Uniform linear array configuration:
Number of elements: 64
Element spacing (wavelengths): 1
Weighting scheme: kaiser
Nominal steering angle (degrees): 30
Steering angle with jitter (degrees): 28.771
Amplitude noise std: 0.05
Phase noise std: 0.05

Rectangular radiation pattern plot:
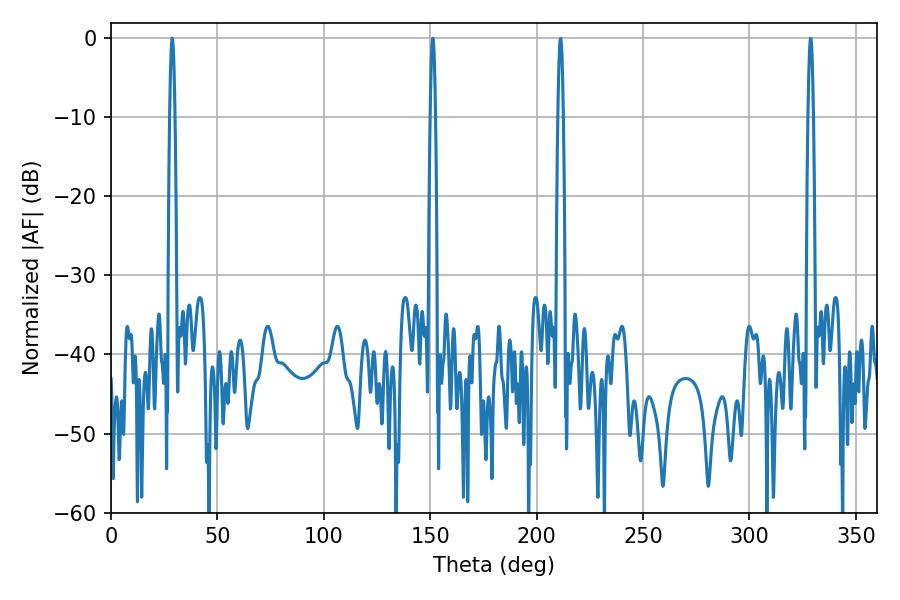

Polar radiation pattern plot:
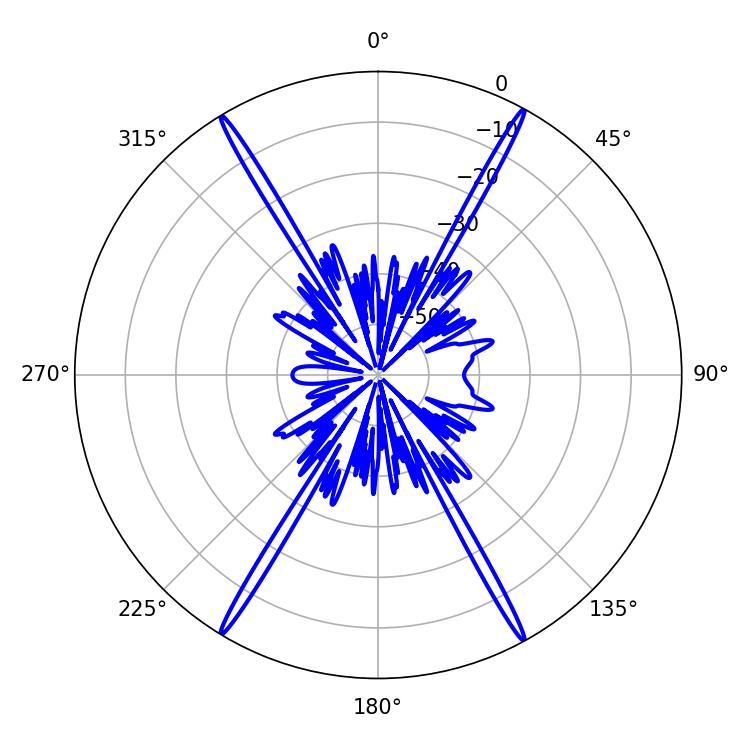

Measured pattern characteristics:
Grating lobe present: TRUE
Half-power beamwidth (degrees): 1.26
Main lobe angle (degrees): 28.8